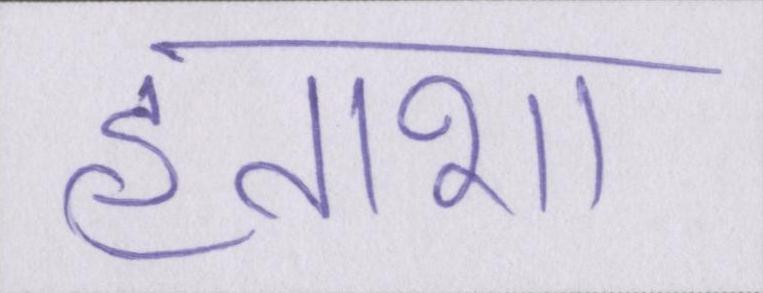
हताशा